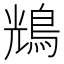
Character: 𪀯